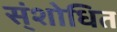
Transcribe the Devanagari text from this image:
स्ंशोधित